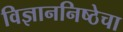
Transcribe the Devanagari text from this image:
विज्ञाननिष्ठेचा